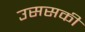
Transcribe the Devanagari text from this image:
उससकी